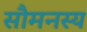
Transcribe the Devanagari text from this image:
सौमनस्य